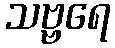
သဗ္ဗရေ